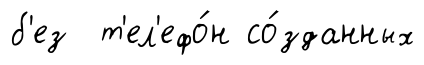
б'ез т'ел'ефо́н со́зданных